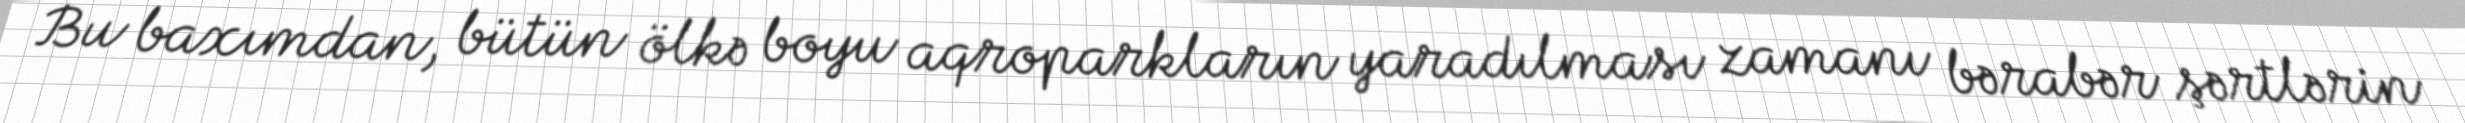
Bu baxımdan, bütün ölkə boyu aqroparkların yaradılması zamanı bərabər şərtlərin